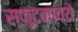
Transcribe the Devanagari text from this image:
स्फुटकाव्ये